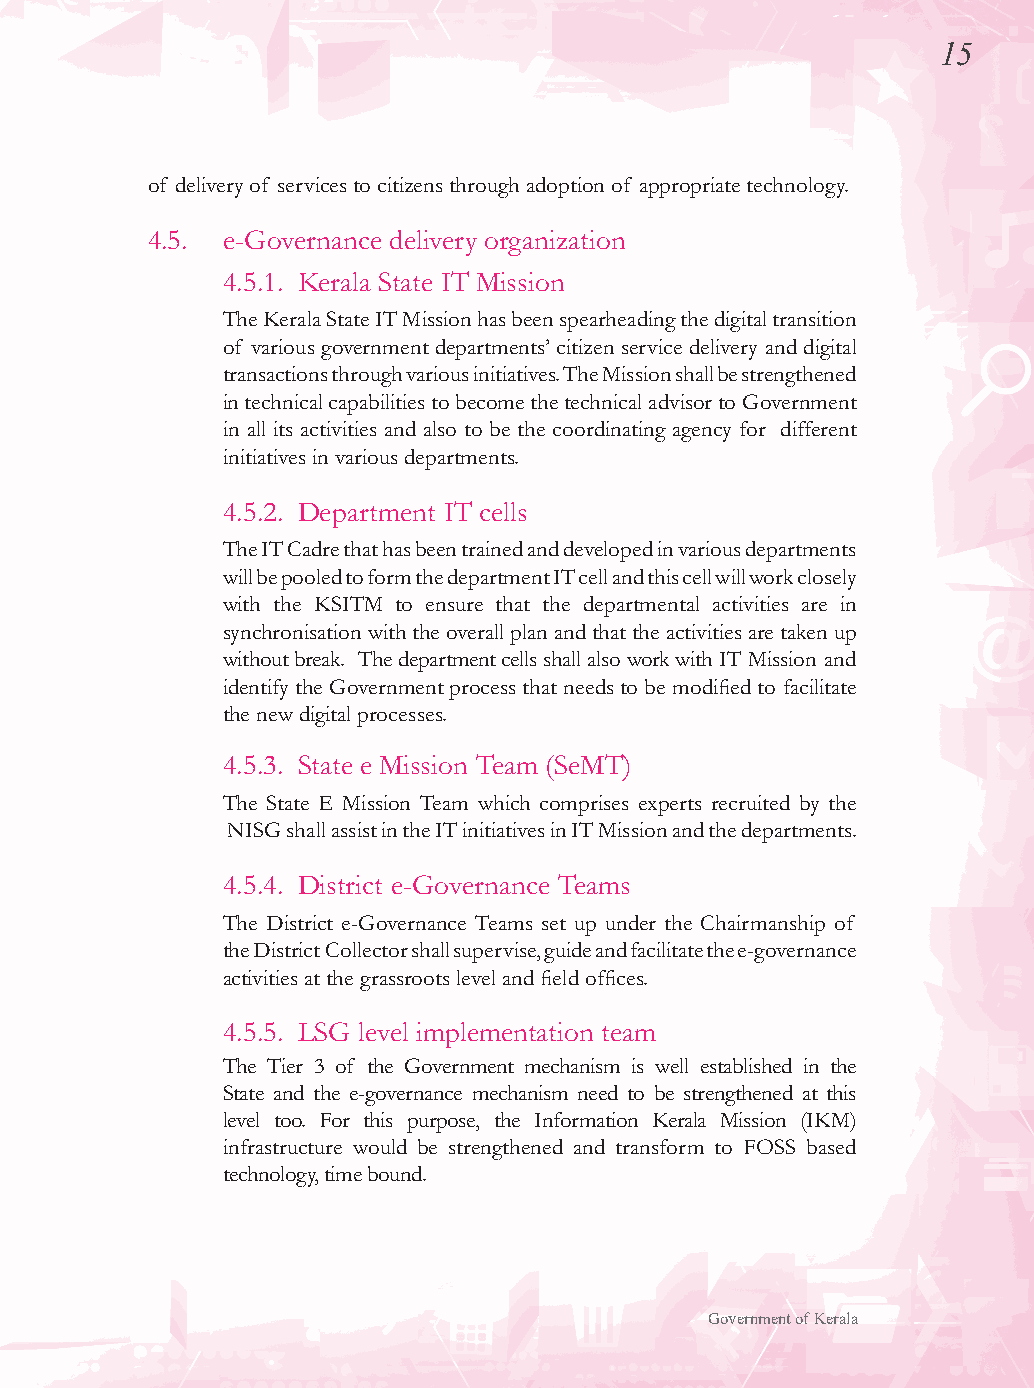
15
 of delivery of services to citizens through adoption of appropriate technology.
 4.5. e-Governance delivery organization
 4.5.1. Kerala State IT Mission
 The Kerala State IT Mission has been spearheading the digital transition
 of various government departments’ citizen service delivery and digital
 transactions through various initiatives. The Mission shall be strengthened
 in technical capabilities to become the technical advisor to Government
 in all its activities and also to be the coordinating agency for different
 initiatives in various departments.
 4.5.2. Department IT cells
 The IT Cadre that has been trained and developed in various departments
 will be pooled to form the department IT cell and this cell will work closely
 with the KSITM to ensure that the departmental activities are in
 synchronisation with the overall plan and that the activities are taken up
 without break. The department cells shall also work with IT Mission and
 identify the Government process that needs to be modified to facilitate
 the new digital processes.
 4.5.3. State e Mission Team (SeMT)
 The State E Mission Team which comprises experts recruited by the
 NISG shall assist in the IT initiatives in IT Mission and the departments.
 4.5.4. District e-Governance Teams
 The District e-Governance Teams set up under the Chairmanship of
 the District Collector shall supervise, guide and facilitate the e-governance
 activities at the grassroots level and field offices.
 4.5.5. LSG level implementation team
 The Tier 3 of the Government mechanism is well established in the
 State and the e-governance mechanism need to be strengthened at this
 level too. For this purpose, the Information Kerala Mission (IKM)
 infrastructure would be strengthened and transform to FOSS based
 technology, time bound.
 Government of Kerala